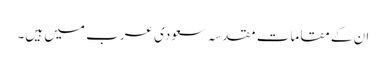
ان کے مقاماتِ مقدسہ سعودی عرب میں ہیں۔